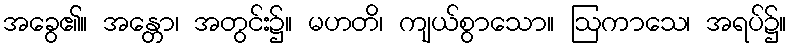
အခွေ၏။ အန္တော၊ အတွင်း၌။ မဟတိ၊ ကျယ်စွာသော။ ဩကာသေ၊ အရပ်၌။